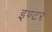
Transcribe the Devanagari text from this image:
इण्‍टर